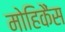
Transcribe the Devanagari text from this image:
मोहिकैंस